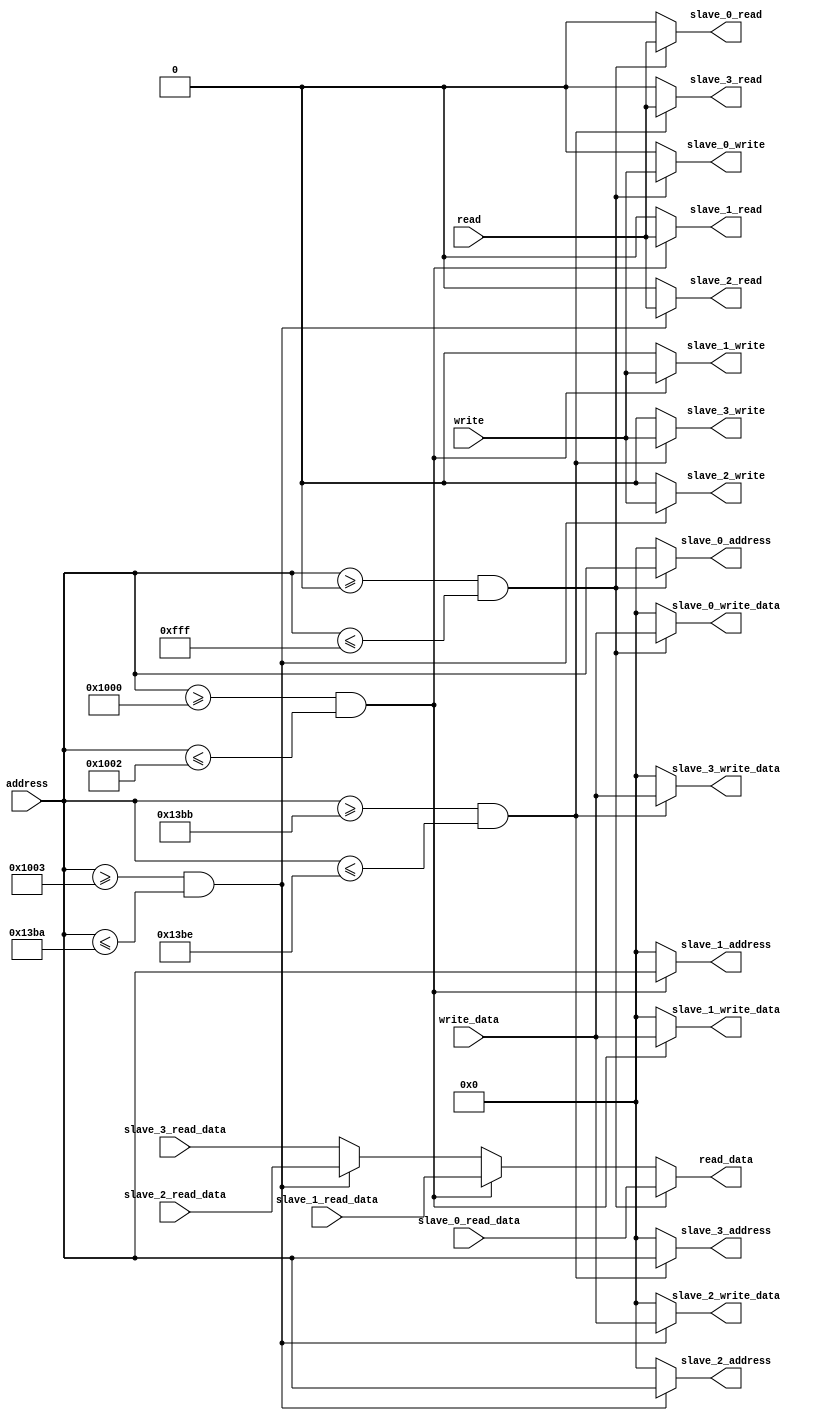
module BUS #(
    parameter DEVICE0_START_ADDRESS = 32'h00000000,
    parameter DEVICE0_FINAL_ADDRESS = 32'h00000FFF,
    parameter DEVICE1_START_ADDRESS = 32'h00001000,
    parameter DEVICE1_FINAL_ADDRESS = 32'h00001002,
    parameter DEVICE2_START_ADDRESS = 32'h00001003,
    parameter DEVICE2_FINAL_ADDRESS = 32'h000013BA,
    parameter DEVICE3_START_ADDRESS = 32'h000013BB,
    parameter DEVICE3_FINAL_ADDRESS = 32'h000013BE
)(
    // master connection
    input wire read,
    input wire write,
    input wire [31:0] address,
    input wire [31:0] write_data,
    output wire [31:0] read_data,

    // slave 0 signal
    output wire slave_0_read,
    output wire slave_0_write,
    input wire [31:0] slave_0_read_data,
    output wire [31:0] slave_0_address,
    output wire [31:0] slave_0_write_data,

    // slave 1 signal
    output wire slave_1_read,
    output wire slave_1_write,
    input wire [31:0] slave_1_read_data,
    output wire [31:0] slave_1_address,
    output wire [31:0] slave_1_write_data,

    // slave 2 signal
    output wire slave_2_read,
    output wire slave_2_write,
    input wire [31:0] slave_2_read_data,
    output wire [31:0] slave_2_address,
    output wire [31:0] slave_2_write_data,

    // slave 3 signal
    output wire slave_3_read,
    output wire slave_3_write,
    input wire [31:0] slave_3_read_data,
    output wire [31:0] slave_3_address,
    output wire [31:0] slave_3_write_data
);

localparam DEVICE0 = 3'd0;
localparam DEVICE1 = 3'd1;
localparam DEVICE2 = 3'd2;
localparam DEVICE3 = 3'd3;
localparam RESET = 3'd4;

assign slave_0_read = (address >= DEVICE0_START_ADDRESS && 
    address <= DEVICE0_FINAL_ADDRESS) ? read : 1'b0;
assign slave_1_read = (address >= DEVICE1_START_ADDRESS && 
    address <= DEVICE1_FINAL_ADDRESS) ? read : 1'b0;
assign slave_2_read = (address >= DEVICE2_START_ADDRESS && 
    address <= DEVICE2_FINAL_ADDRESS) ? read : 1'b0;
assign slave_3_read = (address >= DEVICE3_START_ADDRESS && 
    address <= DEVICE3_FINAL_ADDRESS) ? read : 1'b0;

assign slave_0_write = (address >= DEVICE0_START_ADDRESS && 
    address <= DEVICE0_FINAL_ADDRESS) ? write : 1'b0;
assign slave_1_write = (address >= DEVICE1_START_ADDRESS && 
    address <= DEVICE1_FINAL_ADDRESS) ? write : 1'b0;
assign slave_2_write = (address >= DEVICE2_START_ADDRESS && 
    address <= DEVICE2_FINAL_ADDRESS) ? write : 1'b0;
assign slave_3_write = (address >= DEVICE3_START_ADDRESS && 
    address <= DEVICE3_FINAL_ADDRESS) ? write : 1'b0;

assign slave_0_write_data = (address >= DEVICE0_START_ADDRESS && 
    address <= DEVICE0_FINAL_ADDRESS) ? write_data : 32'h00000000;
assign slave_1_write_data = (address >= DEVICE1_START_ADDRESS && 
    address <= DEVICE1_FINAL_ADDRESS) ? write_data : 32'h00000000;
assign slave_2_write_data = (address >= DEVICE2_START_ADDRESS && 
    address <= DEVICE2_FINAL_ADDRESS) ? write_data : 32'h00000000;
assign slave_3_write_data = (address >= DEVICE3_START_ADDRESS && 
    address <= DEVICE3_FINAL_ADDRESS) ? write_data : 32'h00000000;

assign slave_0_address = (address >= DEVICE0_START_ADDRESS && 
    address <= DEVICE0_FINAL_ADDRESS) ? address : 32'h00000000;
assign slave_1_address = (address >= DEVICE1_START_ADDRESS && 
    address <= DEVICE1_FINAL_ADDRESS) ? address : 32'h00000000;
assign slave_2_address = (address >= DEVICE2_START_ADDRESS && 
    address <= DEVICE2_FINAL_ADDRESS) ? address : 32'h00000000;
assign slave_3_address = (address >= DEVICE3_START_ADDRESS && 
    address <= DEVICE3_FINAL_ADDRESS) ? address : 32'h00000000;
    
assign read_data = (address >= DEVICE0_START_ADDRESS && 
    address <= DEVICE0_FINAL_ADDRESS) ? slave_0_read_data : (address >= DEVICE1_START_ADDRESS && 
    address <= DEVICE1_FINAL_ADDRESS) ? slave_1_read_data : (address >= DEVICE2_START_ADDRESS && 
    address <= DEVICE2_FINAL_ADDRESS) ? slave_2_read_data : slave_3_read_data;

endmodule